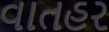
વાતહર